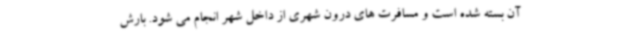
آن بسته شده است و مسافرت های درون شهری از داخل شهر انجام می شود. بارش